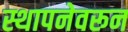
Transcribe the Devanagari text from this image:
स्थापनेवरून